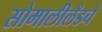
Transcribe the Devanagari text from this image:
सोमालीलँडचे